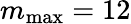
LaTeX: m_{\mathrm{max}}=12